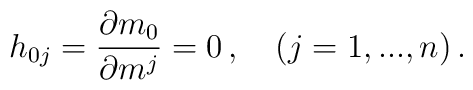
h_{0j} =\frac{\partial m_0}{\partial m^j}=0\,,\quad (j=1,...,n)\,.